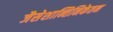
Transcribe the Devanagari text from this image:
जैसेशान्तिनिकेतन